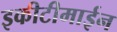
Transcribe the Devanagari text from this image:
इकीटीमाईन